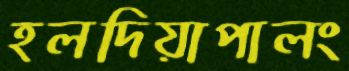
হলদিয়াপালং